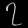
Digit: ၇